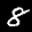
Label: 8